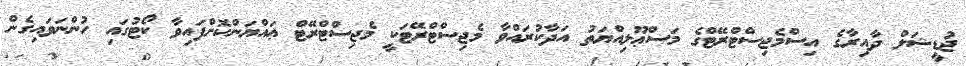
ޖުޑީޝަލް ދާއިރާގެ އިސްމެޖިސްޓްރޭޓްގެ މަސްޢޫލިއްޔަތު އަދާކުރައްވާ މެޖިސްޓްރޭޓަކީ މެޖިސްޓްރޭޓް ޢައްޔަންކޮށްފައިވާ ކޯޓުގައި ހުންނަވައިގެން